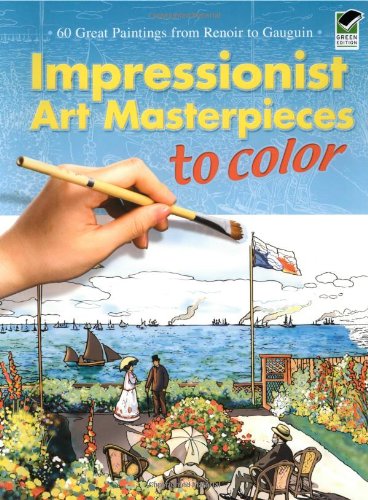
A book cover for Impressionist Art Masterpieces to Color: 60 Great Paintings from Renoir to Gauguin (Dover Art Coloring Book); Marty Noble; Arts & Photography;